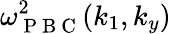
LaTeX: \omega_{\mathrm{~P~B~C~}}^{2}(k_{1},k_{y})